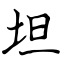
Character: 坦